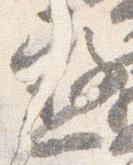
憖